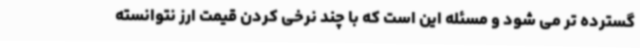
گسترده تر می شود و مسئله این است که با چند نرخی کردن قیمت ارز نتوانسته